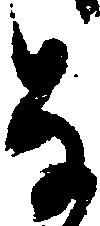
な